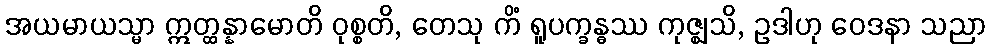
အယမာယသ္မာ ဣတ္ထန္နာမောတိ ဝုစ္စတိ, တေသု ကိံ ရူပက္ခန္ဓဿ ကုဇ္ဈသိ, ဥဒါဟု ဝေဒနာ သညာ